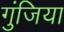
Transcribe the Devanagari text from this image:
गुंजिया